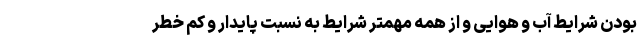
بودن شرایط آب و هوایی و از همه مهمتر شرایط به نسبت پایدار و کم خطر